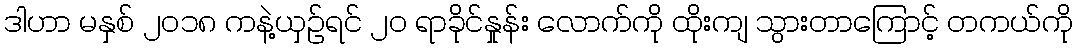
ဒါဟာ မနှစ် ၂၀၁၈ ကနဲ့ယှဉ်ရင် ၂၀ ရာခိုင်နှုန်း လောက်ကို ထိုးကျ သွားတာကြောင့် တကယ်ကို